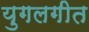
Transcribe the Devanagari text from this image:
युगलगीत